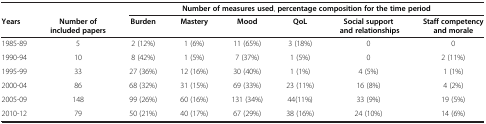
<table><thead><tr><td><b> </b></td><td><b> </b></td><td colspan="6"><b>Number of measures used, percentage composition for the time period</b></td></tr><tr><td><b>Years</b></td><td><b>Number of included papers</b></td><td><b>Burden</b></td><td><b>Mastery</b></td><td><b>Mood</b></td><td><b>QoL</b></td><td><b>Social support and relationships</b></td><td><b>Staff competency and morale</b></td></tr></thead><tbody><tr><td>1985-89</td><td>5</td><td>2 (12%)</td><td>1 (6%)</td><td>11 (65%)</td><td>3 (18%)</td><td>0</td><td>0</td></tr><tr><td>1990-94</td><td>10</td><td>8 (42%)</td><td>1 (5%)</td><td>7 (37%)</td><td>1 (5%)</td><td>0</td><td>2 (11%)</td></tr><tr><td>1995-99</td><td>33</td><td>27 (36%)</td><td>12 (16%)</td><td>30 (40%)</td><td>1 (1%)</td><td>4 (5%)</td><td>1 (1%)</td></tr><tr><td>2000-04</td><td>86</td><td>68 (32%)</td><td>31 (15%)</td><td>69 (33%)</td><td>23 (11%)</td><td>16 (8%)</td><td>4 (2%)</td></tr><tr><td>2005-09</td><td>148</td><td>99 (26%)</td><td>60 (16%)</td><td>131 (34%)</td><td>44(11%)</td><td>33 (9%)</td><td>19 (5%)</td></tr><tr><td>2010-12</td><td>79</td><td>50 (21%)</td><td>40 (17%)</td><td>67 (29%)</td><td>38 (16%)</td><td>24 (10%)</td><td>14 (6%)</td></tr></tbody></table>